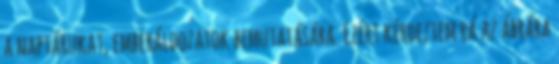
a naptárukat, emberáldozatok bemutatására. Ezért kérdeztem rá az ábrára